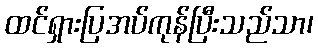
ထင်ရှားပြအပ်ကုန်ပြီးသည်သာ၊